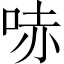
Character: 哧